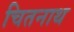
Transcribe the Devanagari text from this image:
चितनाथ